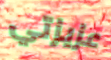
عزيزتي